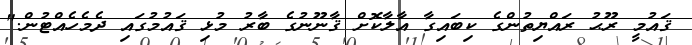
ޤައުމީ ރޫޙު ރައްޔިތުންގެ ކިބައިގާ އާލާކޮށް ޤާނޫނުގެ ބާރު މުޅި ޤައުމުގައި ދެމެހެއްޓުން."